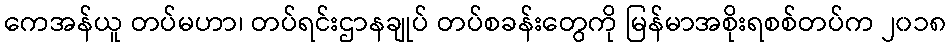
ကေအန်ယူ တပ်မဟာ၊ တပ်ရင်းဌာနချုပ် တပ်စခန်းတွေကို မြန်မာအစိုးရစစ်တပ်က ၂၀၁၈